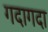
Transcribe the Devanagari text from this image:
गदागदा